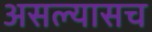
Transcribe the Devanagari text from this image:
असल्यासच